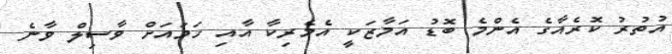
އުތުރު ކޮރެއާގެ އެންމެ ބޮޑު އަމާޒަކީ އެމެރިކާ އާއި ހަމައަށް ވާސިލް ވާނެ